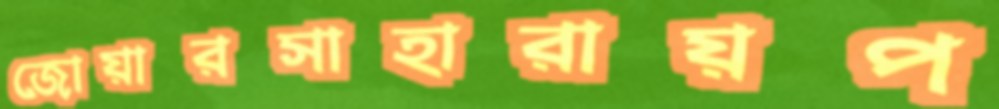
জোয়ারসাহারায়প